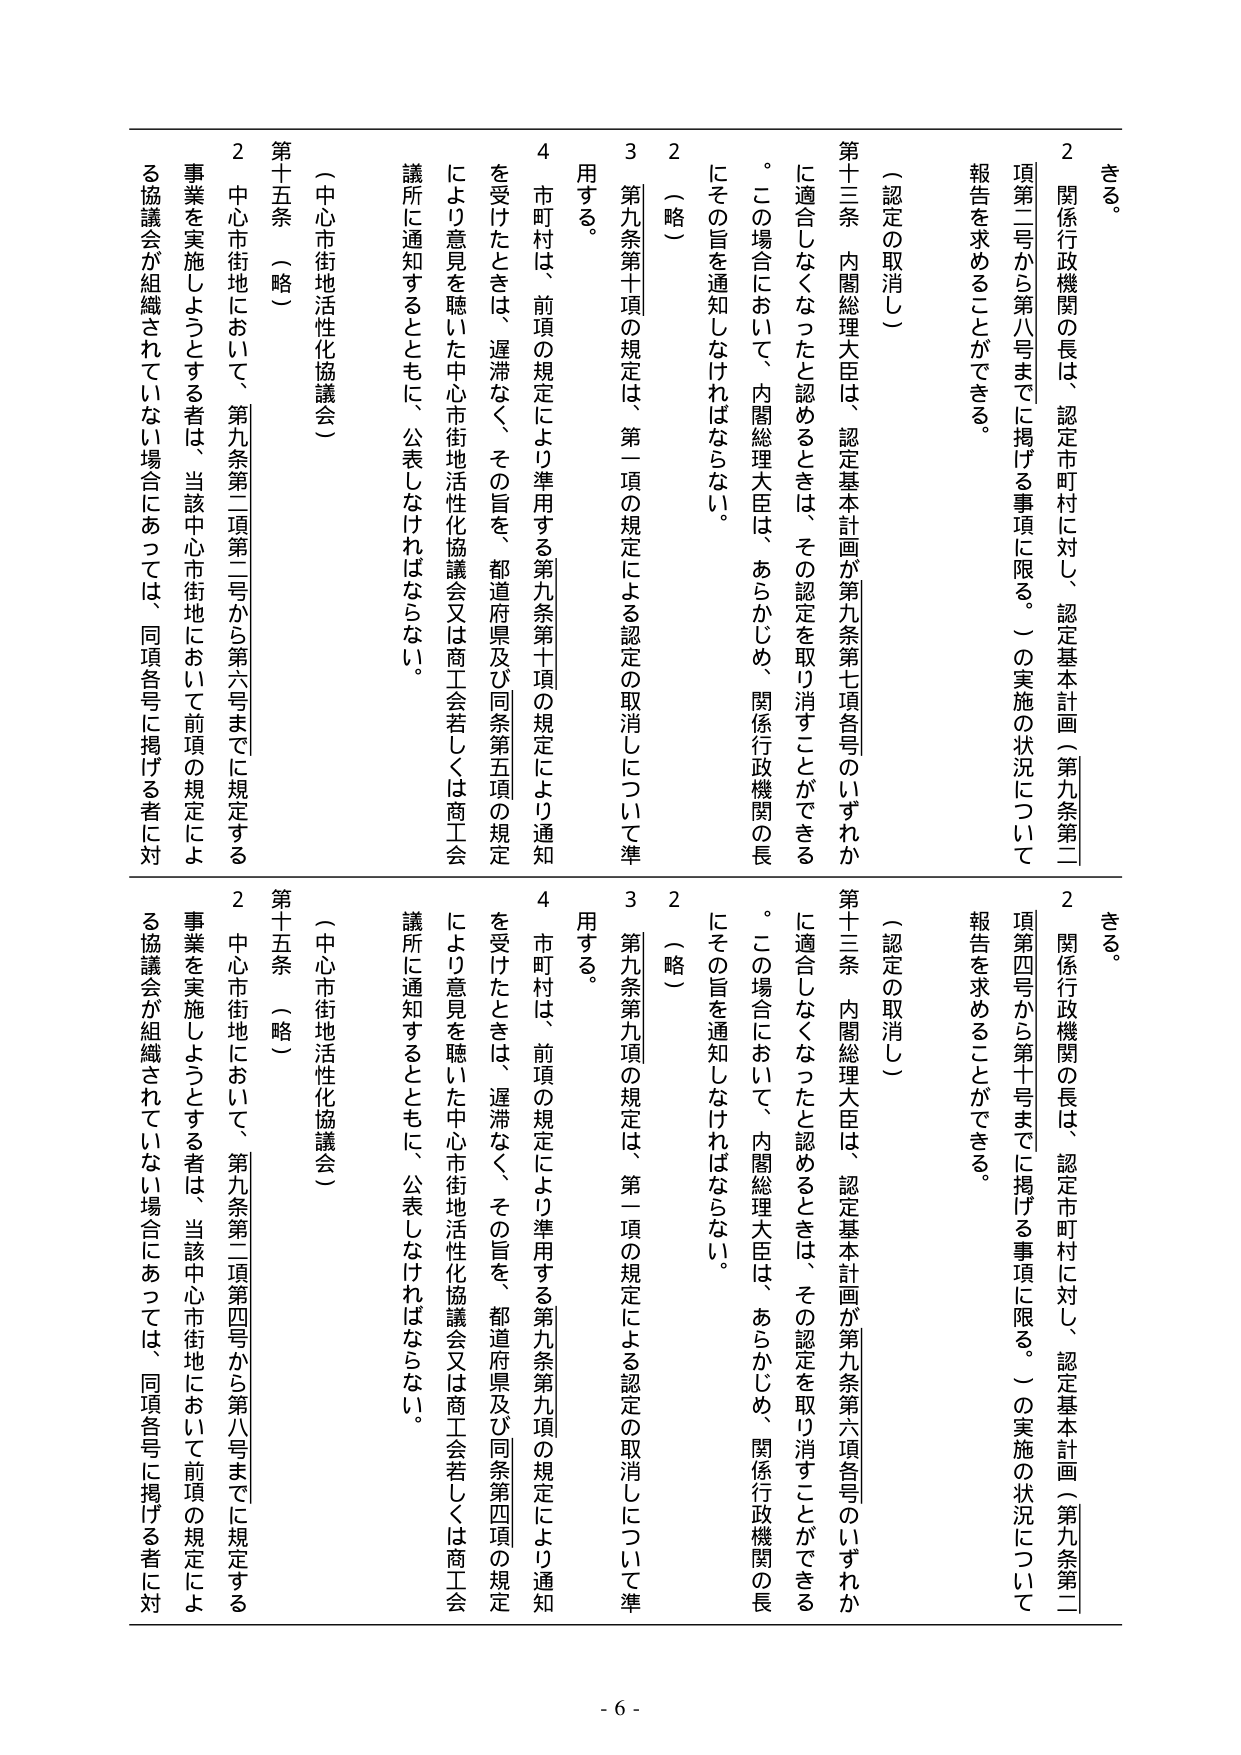
きる。

２ 関係行政機関の長は、認定市町村に対し、認定基本計画（第九条第二項第二号から第八号までに掲げる事項に限る。）の実施の状況について報告を求めることができる。

（認定の取消し）

第十三条 内閣総理大臣は、認定基本計画が第九条第七項各号のいずれかに適合しなくなったと認めるときは、その認定を取り消すことができる。この場合において、内閣総理大臣は、あらかじめ、関係行政機関の長にその旨を通知しなければならない。

２ （略）

３ 第九条第十項の規定は、第一項の規定による認定の取消しについて準用する。

４ 市町村は、前項の規定により準用する第九条第十項の規定により通知を受けたときは、遅滞なく、その旨を、都道府県及び同条第五項の規定により意見を聴いた中心市街地活性化協議会又は商工会若しくは商工会議所に通知するとともに、公表しなければならない。

（中心市街地活性化協議会）

第十五条 （略）

２ 中心市街地において、第九条第二項第二号から第六号までに規定する事業を実施しようとする者は、当該中心市街地において前項の規定による協議会が組織されていない場合にあっては、同項各号に掲げる者に対

きる。

２ 関係行政機関の長は、認定市町村に対し、認定基本計画（第九条第二項第四号から第十号までに掲げる事項に限る。）の実施の状況について報告を求めることができる。

（認定の取消し）

第十三条 内閣総理大臣は、認定基本計画が第九条第六項各号のいずれかに適合しなくなったと認めるときは、その認定を取り消すことができる。この場合において、内閣総理大臣は、あらかじめ、関係行政機関の長にその旨を通知しなければならない。

２ （略）

３ 第九条第九項の規定は、第一項の規定による認定の取消しについて準用する。

４ 市町村は、前項の規定により準用する第九条第九項の規定により通知を受けたときは、遅滞なく、その旨を、都道府県及び同条第四項の規定により意見を聴いた中心市街地活性化協議会又は商工会若しくは商工会議所に通知するとともに、公表しなければならない。

（中心市街地活性化協議会）

第十五条 （略）

２ 中心市街地において、第九条第二項第四号から第八号までに規定する事業を実施しようとする者は、当該中心市街地において前項の規定による協議会が組織されていない場合にあっては、同項各号に掲げる者に対

- 6 -